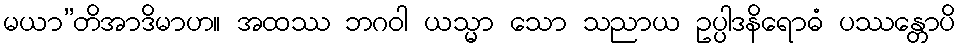
မယာ”တိအာဒိမာဟ။ အထဿ ဘဂဝါ ယသ္မာ သော သညာယ ဥပ္ပါဒနိရောဓံ ပဿန္တောပိ